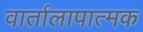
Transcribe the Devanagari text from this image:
वार्तालापात्मक